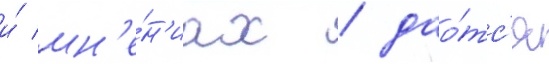
и́ мн'е́н'иах / дао́тс'я